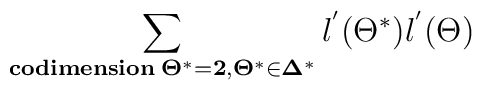
\sum_{\bf{codimension} \; \Theta^{*} = 2, \Theta^{*} \in \Delta^{*}}{l^{'}(\Theta^{*})l^{'}(\Theta)}